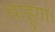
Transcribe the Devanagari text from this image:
चाहूंगा।